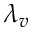
\lambda _ { v }